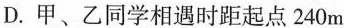
D.甲、乙同学相遇时距起点240m